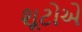
શૂટોએ